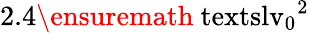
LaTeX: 2.4\ensuremath{\mathrm{\ textsl{v}}_{0}}^{2}